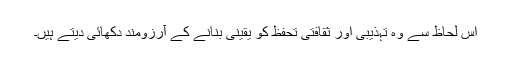
اس لحاظ سے وہ تہذیبی اور ثقافتی تحفظ کو یقینی بنانے کے آرزومند دکھائی دیتے ہیں۔